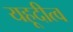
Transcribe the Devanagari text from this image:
यहूदीत्व